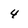
Character: 4